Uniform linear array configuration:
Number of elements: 12
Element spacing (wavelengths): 0.75
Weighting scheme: binomial
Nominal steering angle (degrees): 45
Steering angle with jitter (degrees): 44.971
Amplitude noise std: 0.05
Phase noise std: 0.05

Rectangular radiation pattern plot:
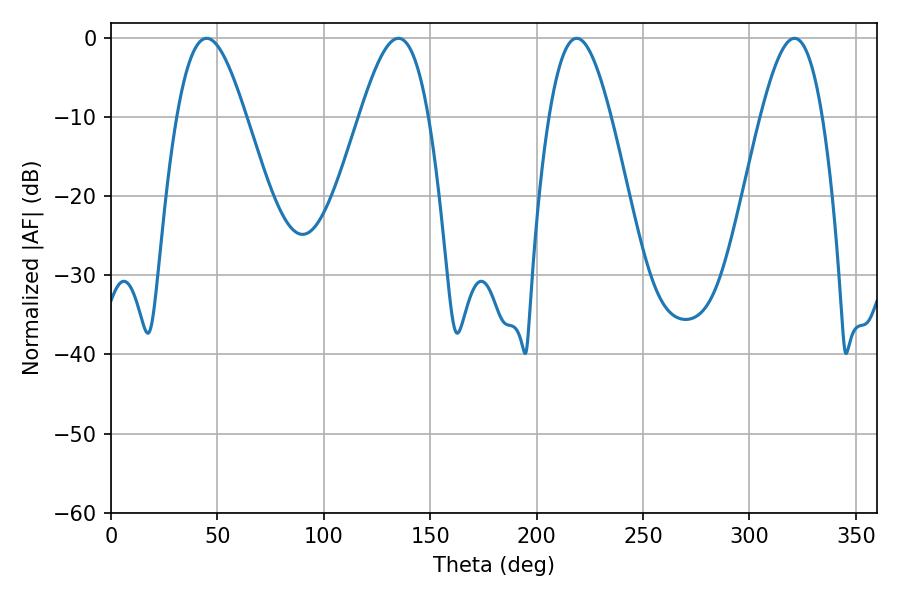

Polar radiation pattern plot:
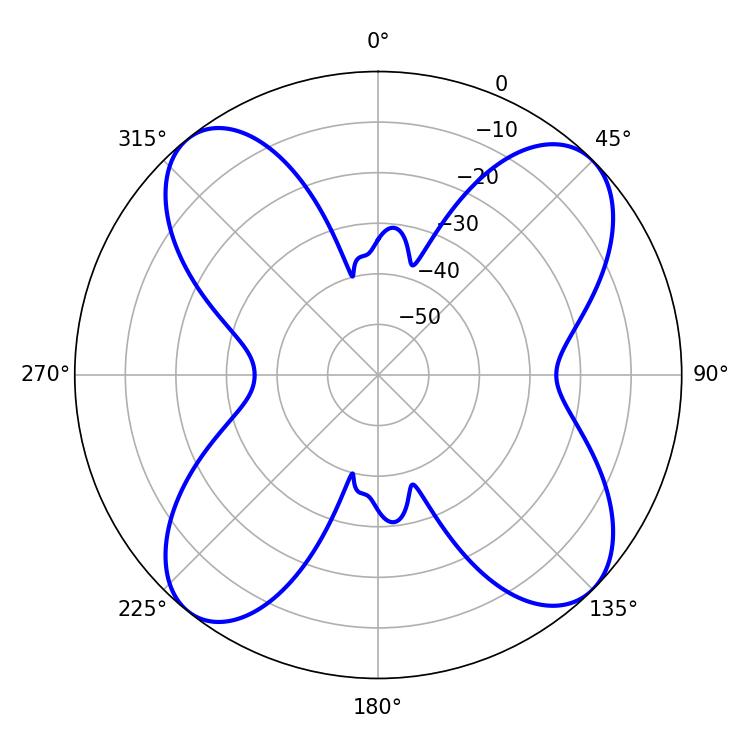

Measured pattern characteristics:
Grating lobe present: TRUE
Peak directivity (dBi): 12.969
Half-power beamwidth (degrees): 15.66
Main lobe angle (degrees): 218.88